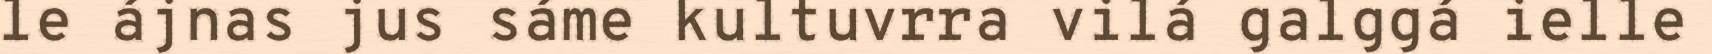
le ájnas jus sáme kultuvrra vilá galggá ielle